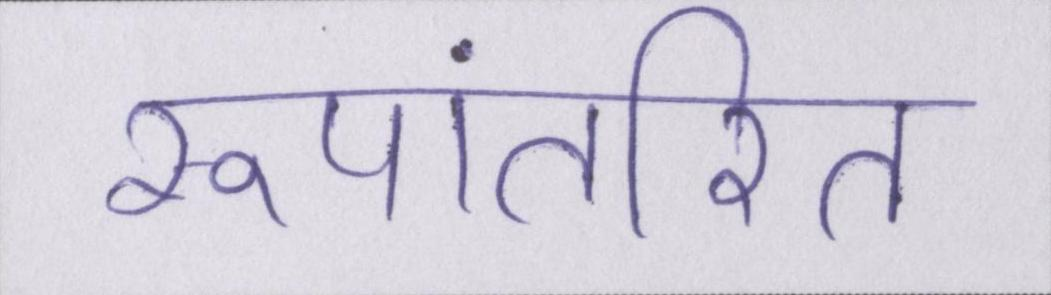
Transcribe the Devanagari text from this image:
रूपांतरित